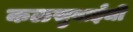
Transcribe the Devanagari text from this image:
कळसुबाईची